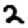
Digit: 2